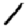
Digit: 1